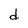
Character: d